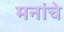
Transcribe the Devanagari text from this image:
मनांचे